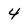
Character: 4